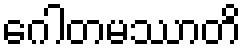
ဂေါတမဿာတိ